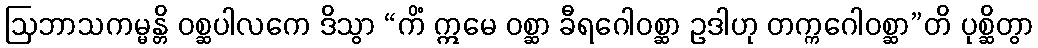
ဩဘာသကမ္မန္တိ ဝစ္ဆပါလကေ ဒိသွာ “ကိံ ဣမေ ဝစ္ဆာ ခီရဂေါဝစ္ဆာ ဥဒါဟု တက္ကဂေါဝစ္ဆာ”တိ ပုစ္ဆိတွာ